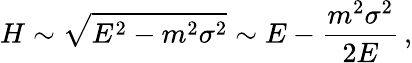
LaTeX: H\sim\sqrt{E^{2}-m^{2}\sigma^{2}}\sim E-\frac{m^{2}\sigma^{2}}{2E}\, ,